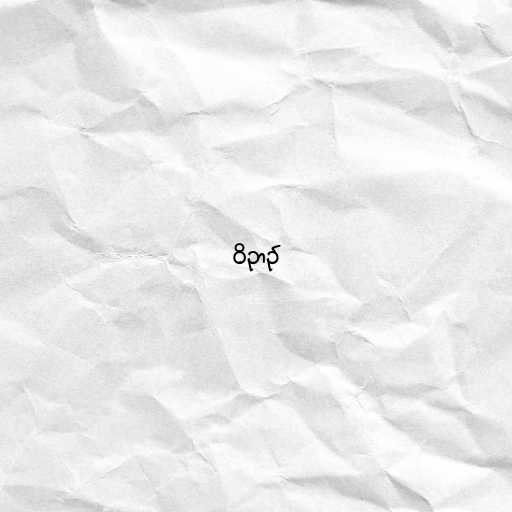
ဝိဉာဥ်